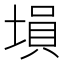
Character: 塤